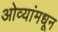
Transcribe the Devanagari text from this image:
ओव्यांमधून